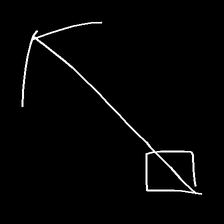
Glyph: focus